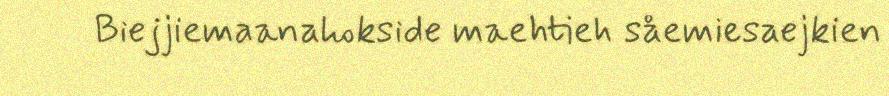
Biejjiemaanahokside maehtieh såemiesaejkien